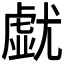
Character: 𡰐